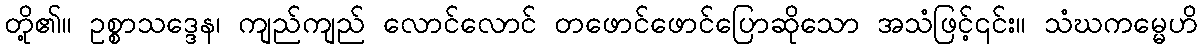
တို့၏။ ဥစ္စာသဒ္ဒေန၊ ကျည်ကျည် လောင်လောင် တဖောင်ဖောင်ပြောဆိုသော အသံဖြင့်၎င်း။ သံဃကမ္မေဟိ